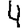
Digit: 4